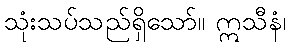
သုံးသပ်သည်ရှိသော်။ ဣသီနံ၊